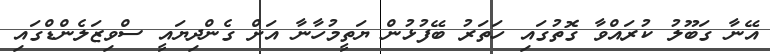
އޭނާ ގަބޫލު ކުރައްވާ ގޮތުގައި ހަތަރު ބޭފުޅުން ޔަތީމުހާނާ އަށް ގެންދިޔައީ ސްވިޒަލެންޑްގައި